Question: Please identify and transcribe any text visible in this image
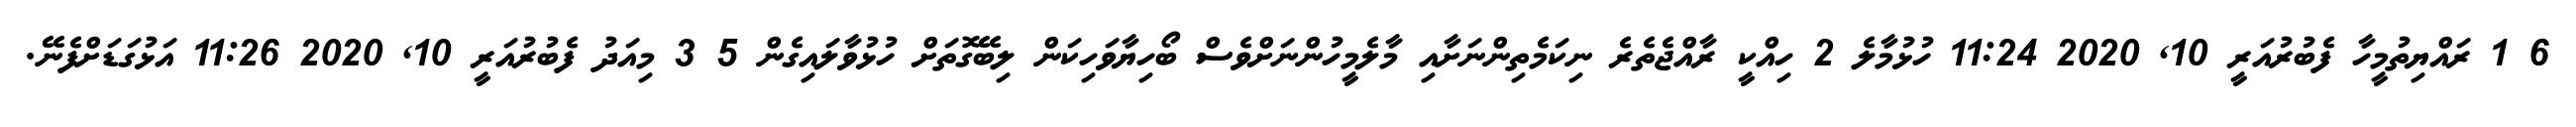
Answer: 6 1 ރައްޔިތުމީހާ ފެބުރުއަރީ 10, 2020 11:24 ހުޅުމާލެ 2 ހިއްކީ ރާއްޖެތެރެ ނިކަމެތިންނަށާއި މާލެމީހުންނަށްވެސް ބޯހިޔާވަހިކަން ލިބޭގޮތަށް ހުޅުވާލައިގެން 5 3 މިއަދު ފެބުރުއަރީ 10, 2020 11:26 އަޅުގަޑަށްފެނޭ.